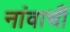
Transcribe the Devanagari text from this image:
नांवाचीं